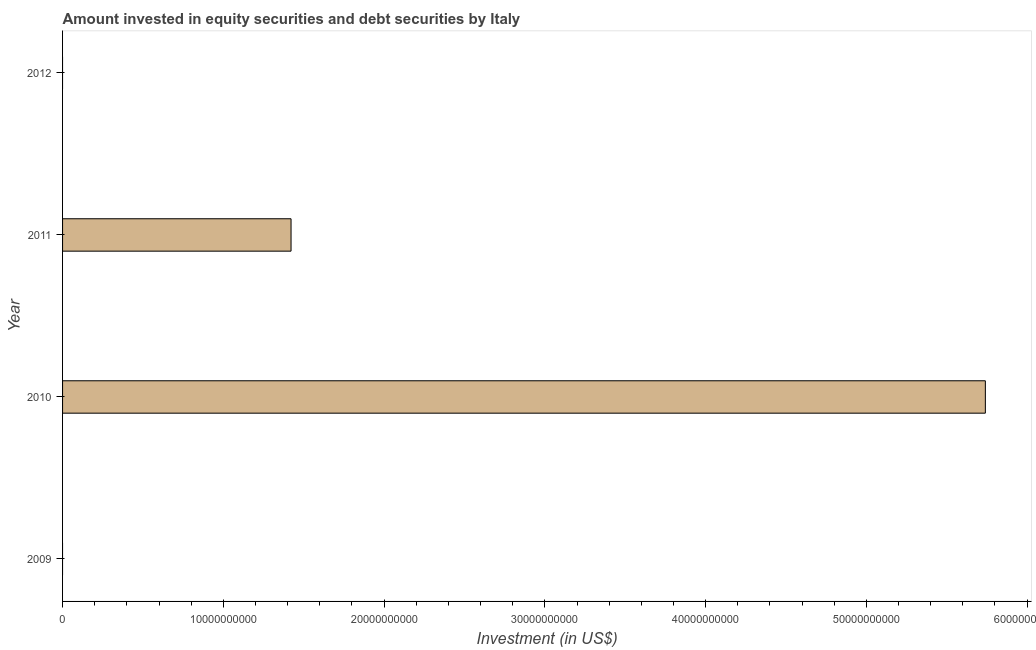
| Year | Portfolio Investment |
 | --- | --- |
 | 2009 | -4.98e+10 |
 | 2010 | 5.74e+10 |
 | 2011 | 1.42e+10 |
 | 2012 | -3.15e+10 |